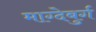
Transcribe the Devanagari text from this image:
माग्देबुर्ग